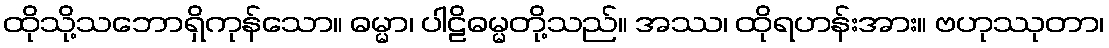
ထိုသို့သဘောရှိကုန်သော။ ဓမ္မာ၊ ပါဠိဓမ္မတို့သည်။ အဿ၊ ထိုရဟန်းအား။ ဗဟုဿုတာ၊